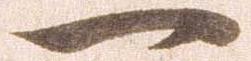
一